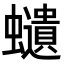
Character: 𧔥